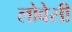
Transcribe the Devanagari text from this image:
लोवेसी